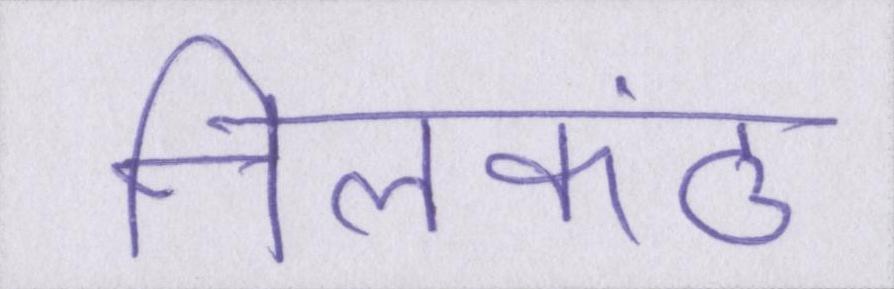
नीलकंठ